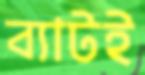
ব্যাটই